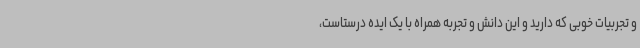
و تجربیات خوبی که دارید و این دانش و تجربه همراه با یک ایده درستاست،